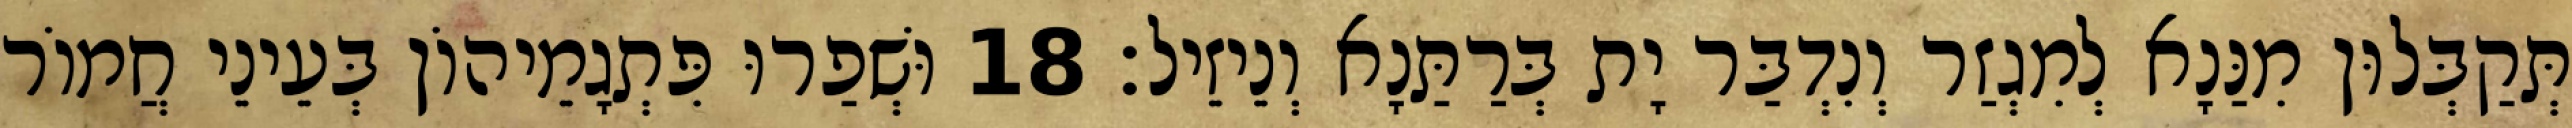
תְּקַבְּלוּן מִנַּנָא לְמִגְזַר וְנִדְבַּר יָת בְּרַתַּנָא וְנֵיזֵיל׃ 18 וּשְׁפַרוּ פִּתְגָמֵיהוֹן בְּעֵינֵי חֲמוֹר